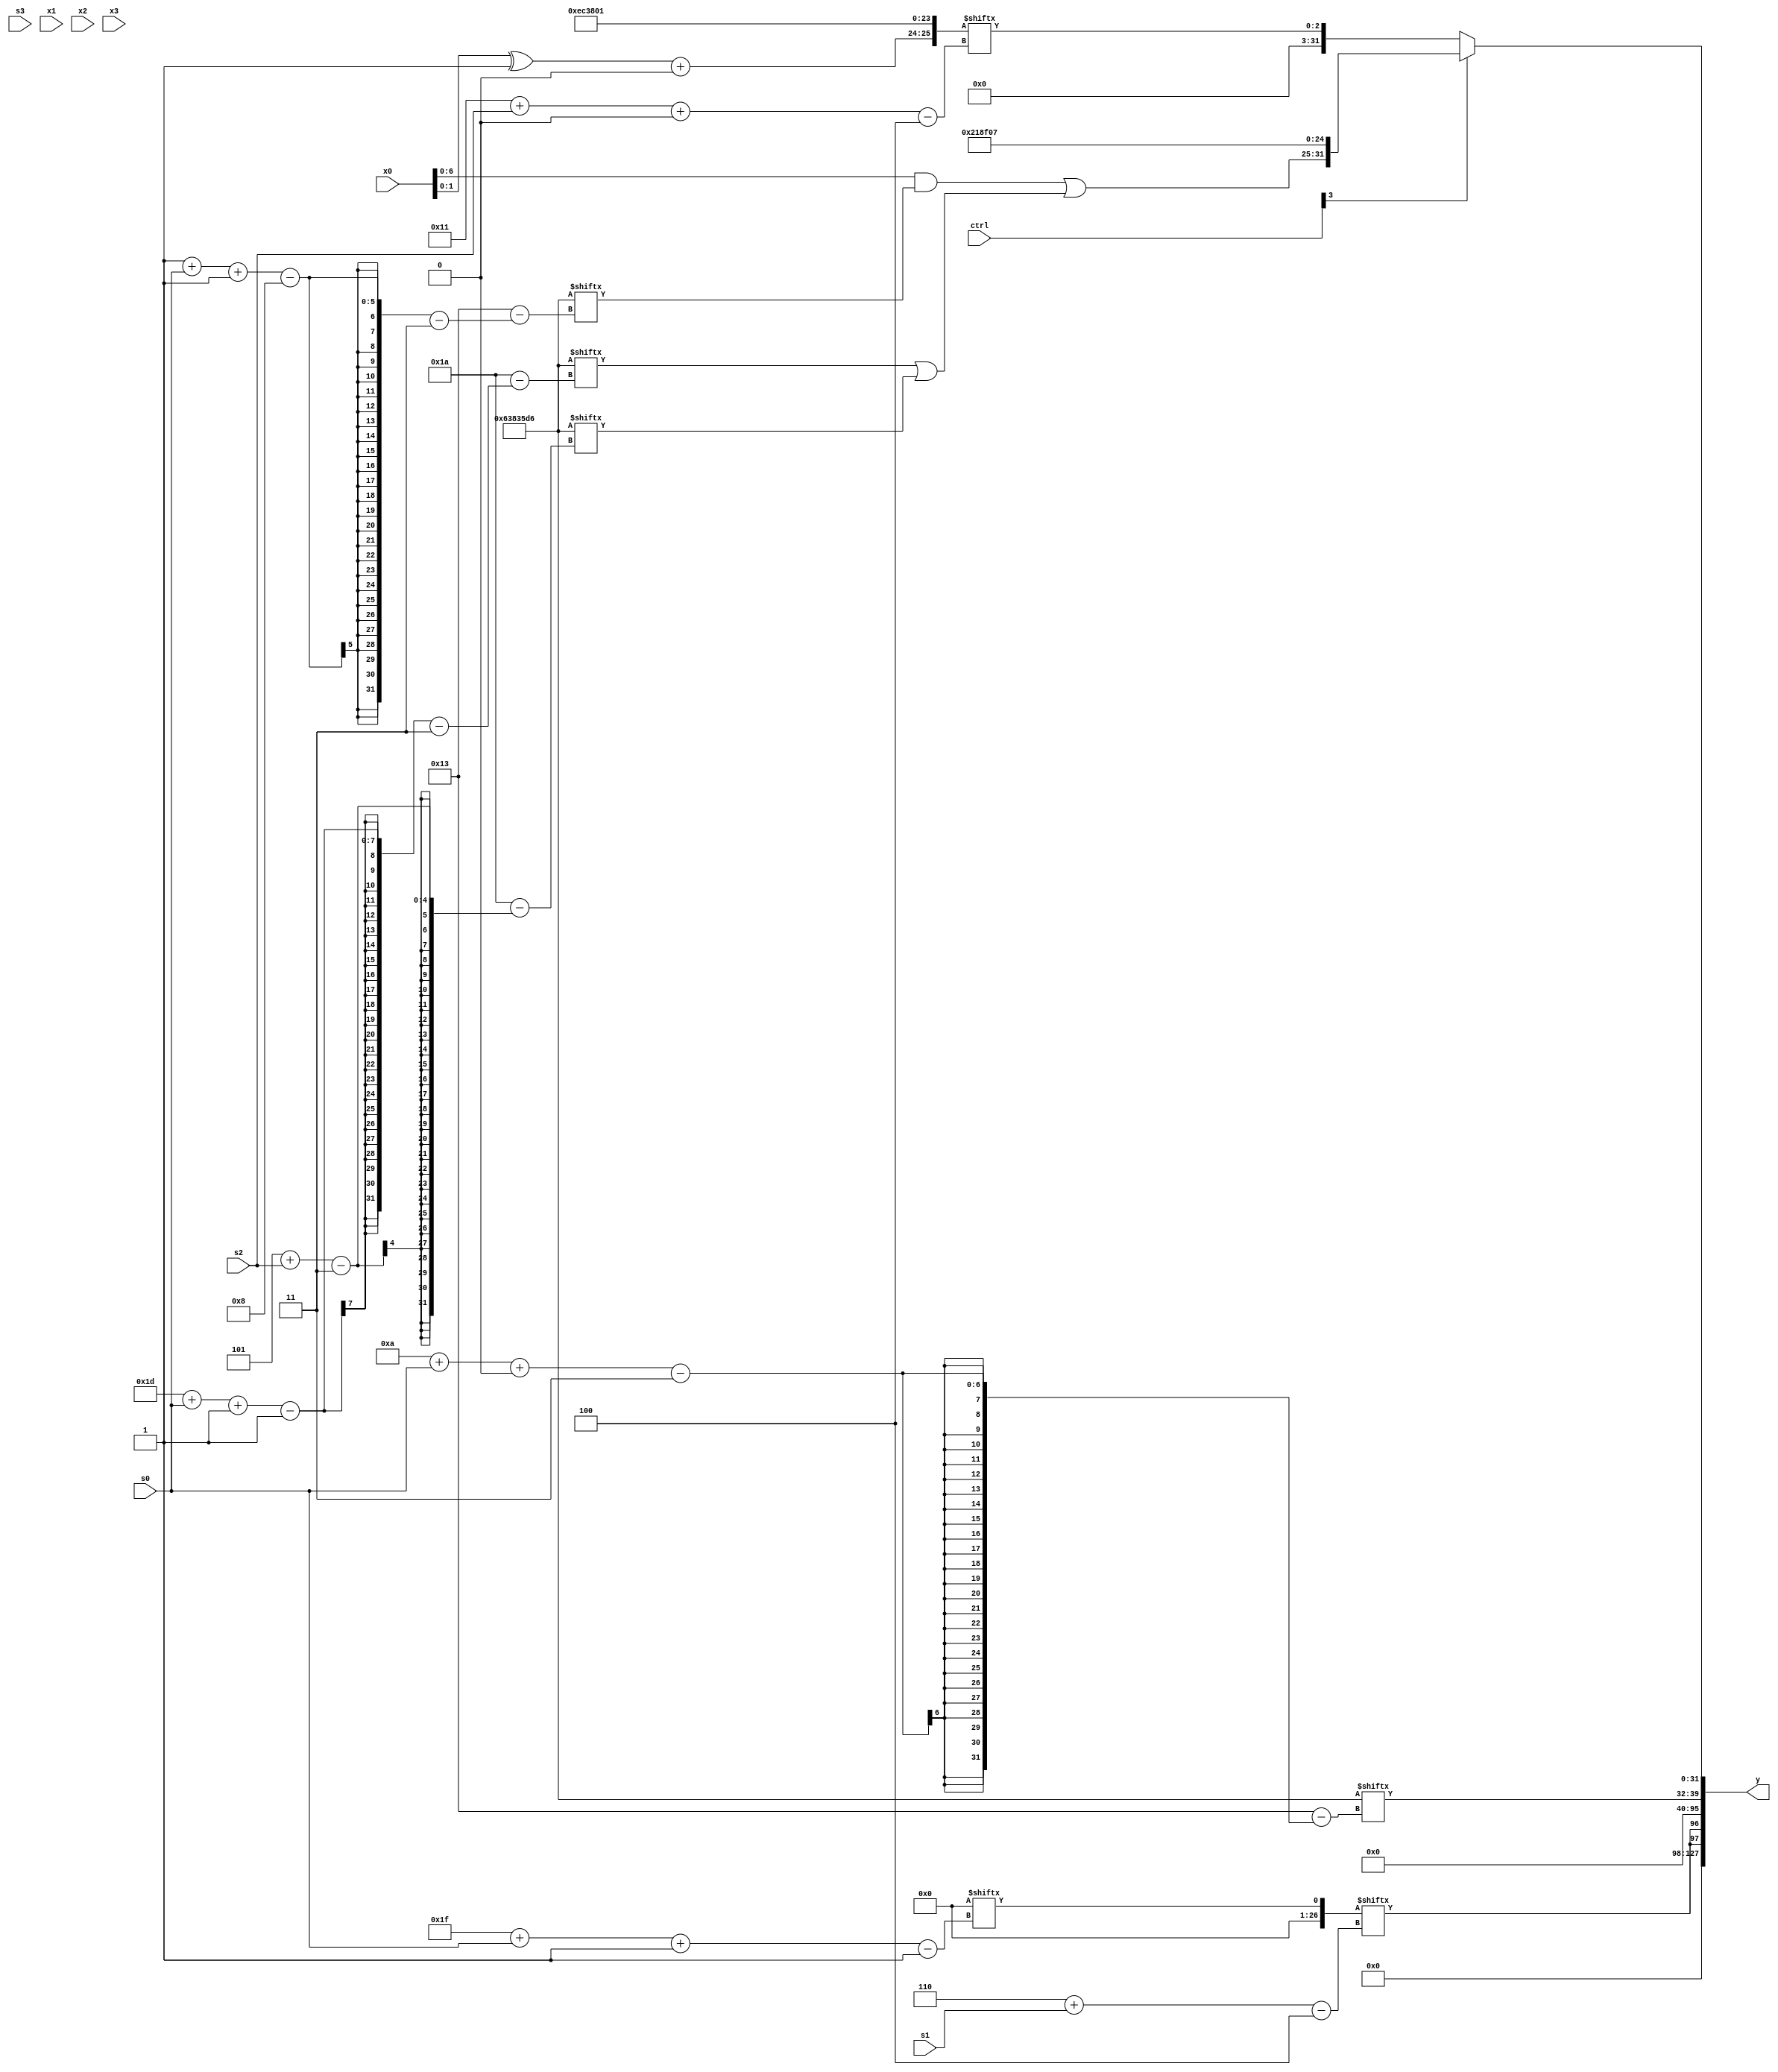
module partsel_00749(ctrl, s0, s1, s2, s3, x0, x1, x2, x3, y);
  input [3:0] ctrl;
  input [2:0] s0;
  input [2:0] s1;
  input [2:0] s2;
  input [2:0] s3;
  input [31:0] x0;
  input [31:0] x1;
  input signed [31:0] x2;
  input [31:0] x3;
  wire signed [27:2] x4;
  wire signed [29:4] x5;
  wire signed [26:4] x6;
  wire [25:0] x7;
  wire signed [0:24] x8;
  wire signed [29:7] x9;
  wire signed [28:3] x10;
  wire [25:0] x11;
  wire signed [30:4] x12;
  wire signed [1:28] x13;
  wire [1:24] x14;
  wire [26:4] x15;
  output [127:0] y;
  wire [31:0] y0;
  wire signed [31:0] y1;
  wire [31:0] y2;
  wire signed [31:0] y3;
  assign y = {y0,y1,y2,y3};
  localparam signed [25:2] p0 = 837564417;
  localparam [3:29] p1 = 238564822;
  localparam signed [28:5] p2 = 550049236;
  localparam [0:24] p3 = 169971463;
  assign x4 = x0[21 + s1 -: 8];
  assign x5 = {{2{p2[16]}}, {{2{((x0 ^ p3[13 -: 1]) + (x0[12] & p0[11]))}}, p0}};
  assign x6 = {p3, {2{p2[17]}}};
  assign x7 = p1[13];
  assign x8 = x6[28 + s0 +: 6];
  assign x9 = {{x7[19 +: 1], (x3 - ((ctrl[2] && ctrl[3] && ctrl[2] ? x3[13 -: 2] : x3) | x8[8 + s3]))}, p3[16 + s1]};
  assign x10 = x3[8 + s3];
  assign x11 = p3;
  assign x12 = x7[31 + s0 -: 1];
  assign x13 = x4[13 +: 1];
  assign x14 = x5[16];
  assign x15 = {(ctrl[3] && !ctrl[0] && !ctrl[2] ? (((p0[11 + s1] - x1[12 -: 1]) & (p2[14 +: 4] - x14[17 + s0 +: 1])) ^ {x3[12 +: 1], (p2[25 + s0 +: 1] ^ p0[23])}) : {2{(((x4 | x4[16 +: 2]) - x9[5 + s0 -: 7]) + (ctrl[2] || ctrl[1] || ctrl[1] ? x1[20 -: 3] : p3[2 + s0 +: 4]))}}), ((p2[23] ^ (((p3[18] - p1[12 +: 3]) | x8[0 + s1 +: 1]) | (!ctrl[2] || ctrl[3] || !ctrl[2] ? (p3 | x5) : (p1[12 + s2 +: 7] ^ p3[16 +: 1])))) - p3)};
  assign y0 = {2{x12[6 + s1]}};
  assign y1 = x10[8 +: 1];
  assign y2 = p1[10 + s0 +: 8];
  assign y3 = (ctrl[0] && !ctrl[0] || !ctrl[3] ? x5[17 + s2 +: 3] : {{2{((x0 & p1[1 + s0 -: 8]) | (p1[29 + s0 -: 1] | p1[5 + s2]))}}, p3});
endmodule